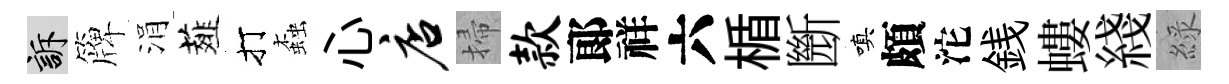
訴簰涓薤打螙心店掃款郞祥六楯㫁嗔頗沱銭螻綫綠